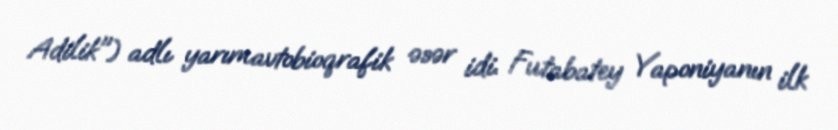
Adilik") adlı yarımavtobioqrafik əsər idi. Futabatey Yaponiyanın ilk